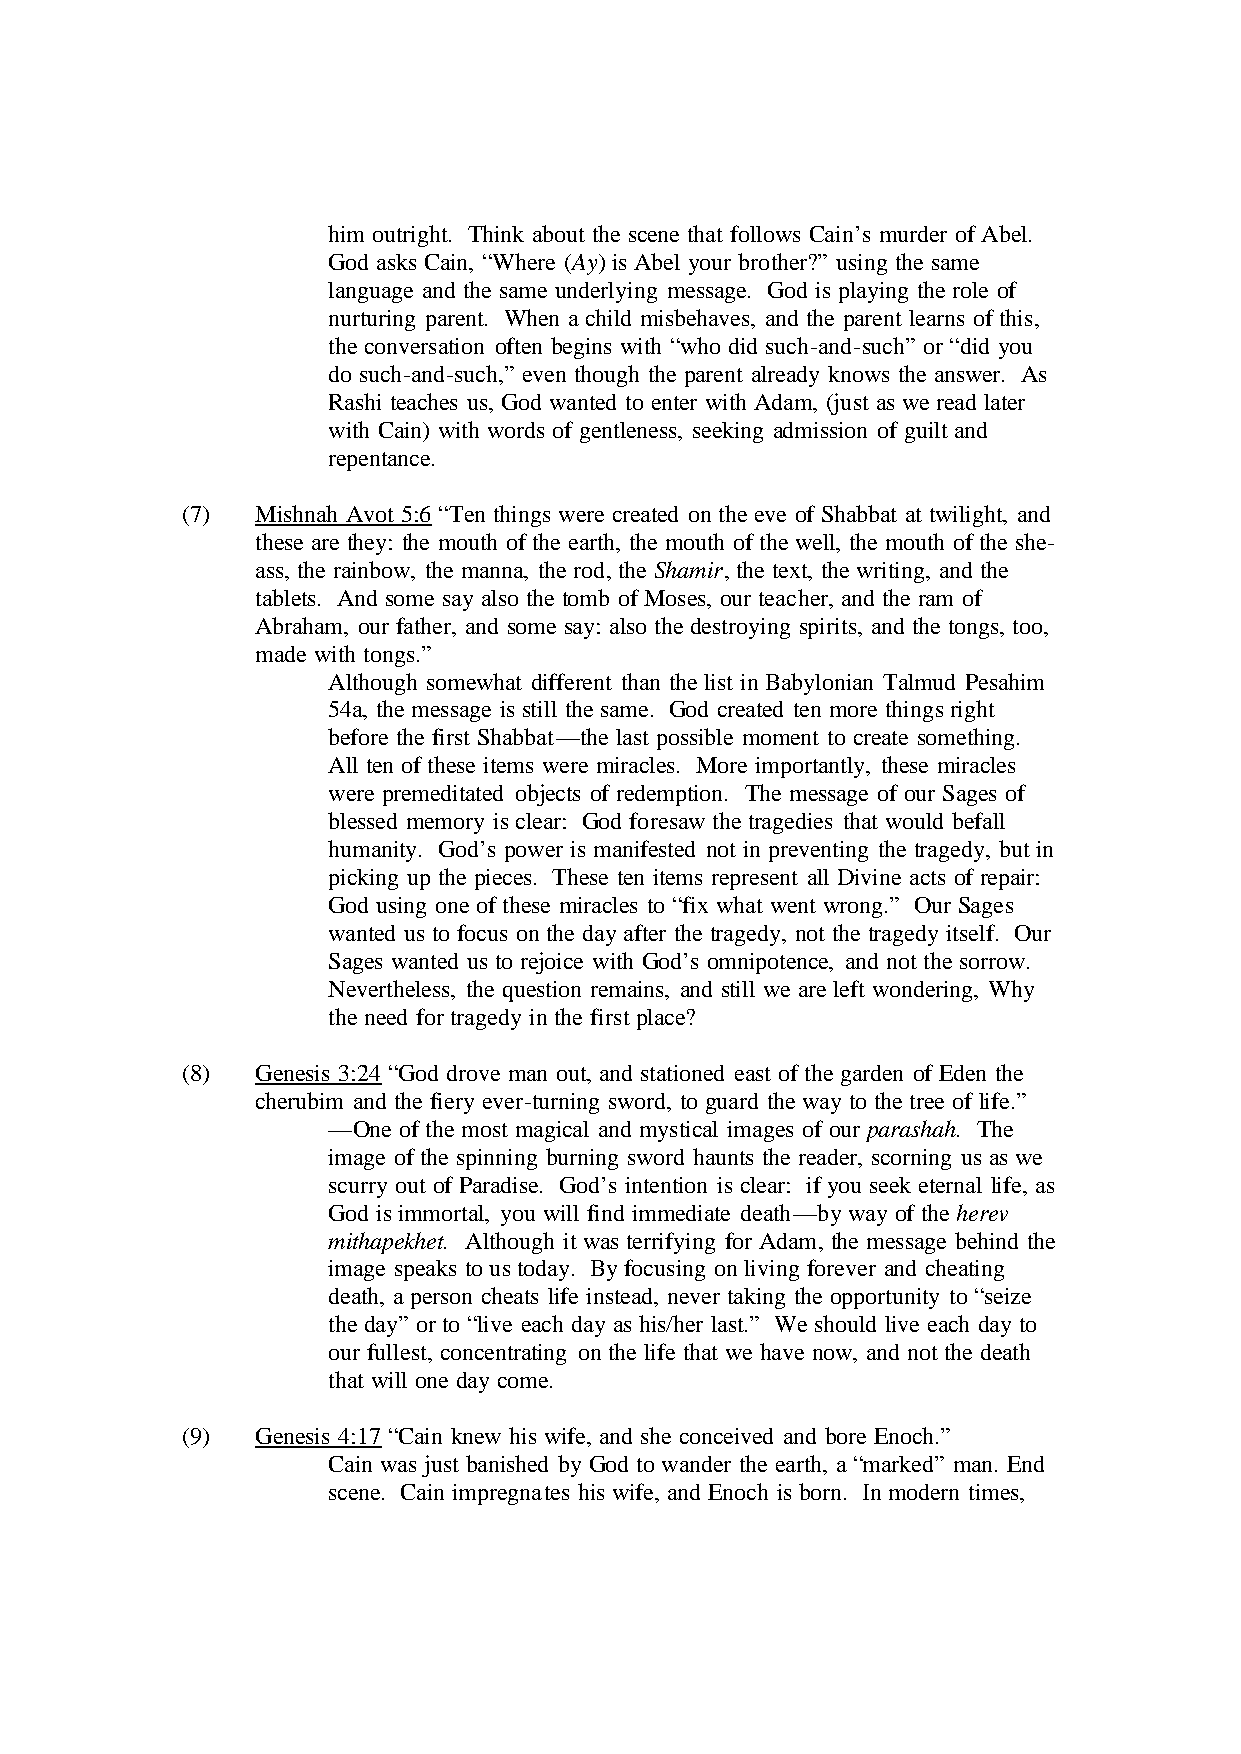
him outright. Think about the scene that follows Cain’s murder of Abel.
 God asks Cain, “Where (Ay) is Abel your brother?” using the same
 language and the same underlying message. God is playing the role of
 nurturing parent. When a child misbehaves, and the parent learns of this,
 the conversation often begins with “who did such-and-such” or “did you
 do such-and-such,” even though the parent already knows the answer. As
 Rashi teaches us, God wanted to enter with Adam, (just as we read later
 with Cain) with words of gentleness, seeking admission of guilt and
 repentance.
 (7)  Mishnah Avot 5:6 “Ten things were created on the eve of Shabbat at twilight, and
 these are they: the mouth of the earth, the mouth of the well, the mouth of the she-
 ass, the rainbow, the manna, the rod, the Shamir, the text, the writing, and the
 tablets. And some say also the tomb of Moses, our teacher, and the ram of
 Abraham, our father, and some say: also the destroying spirits, and the tongs, too,
 made with tongs.”
 Although somewhat different than the list in Babylonian Talmud Pesahim
 54a, the message is still the same. God created ten more things right
 before the first Shabbat—the last possible moment to create something.
 All ten of these items were miracles. More importantly, these miracles
 were premeditated objects of redemption. The message of our Sages of
 blessed memory is clear: God foresaw the tragedies that would befall
 humanity. God’s power is manifested not in preventing the tragedy, but in
 picking up the pieces. These ten items represent all Divine acts of repair:
 God using one of these miracles to “fix what went wrong.” Our Sages
 wanted us to focus on the day after the tragedy, not the tragedy itself. Our
 Sages wanted us to rejoice with God’s omnipotence, and not the sorrow.
 Nevertheless, the question remains, and still we are left wondering, Why
 the need for tragedy in the first place?
 (8)  Genesis 3:24 “God drove man out, and stationed east of the garden of Eden the
 cherubim and the fiery ever-turning sword, to guard the way to the tree of life.”
 —One of the most magical and mystical images of our parashah. The
 image of the spinning burning sword haunts the reader, scorning us as we
 scurry out of Paradise. God’s intention is clear: if you seek eternal life, as
 God is immortal, you will find immediate death—by way of the herev
 mithapekhet. Although it was terrifying for Adam, the message behind the
 image speaks to us today. By focusing on living forever and cheating
 death, a person cheats life instead, never taking the opportunity to “seize
 the day” or to “live each day as his/her last.” We should live each day to
 our fullest, concentrating on the life that we have now, and not the death
 that will one day come.
 (9)  Genesis 4:17 “Cain knew his wife, and she conceived and bore Enoch.”
 Cain was just banished by God to wander the earth, a “marked” man. End
 scene. Cain impregnates his wife, and Enoch is born. In modern times,